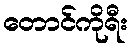
တောင်ကိုရီး